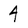
Character: 4